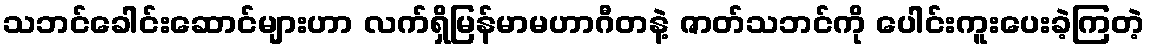
သဘင်ခေါင်းဆောင်များဟာ လက်ရှိမြန်မာမဟာဂီတနဲ့ ဇာတ်သဘင်ကို ပေါင်းကူးပေးခဲ့ကြတဲ့